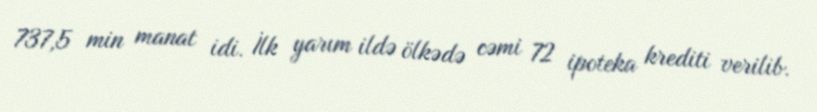
737,5 min manat idi. İlk yarım ildə ölkədə cəmi 72 ipoteka krediti verilib.